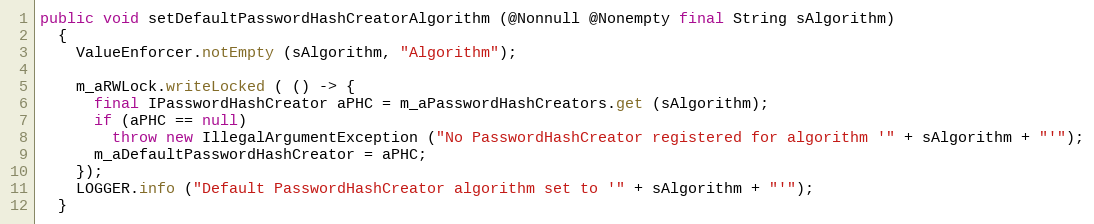
Language: Java
public void setDefaultPasswordHashCreatorAlgorithm (@Nonnull @Nonempty final String sAlgorithm)
  {
    ValueEnforcer.notEmpty (sAlgorithm, "Algorithm");

    m_aRWLock.writeLocked ( () -> {
      final IPasswordHashCreator aPHC = m_aPasswordHashCreators.get (sAlgorithm);
      if (aPHC == null)
        throw new IllegalArgumentException ("No PasswordHashCreator registered for algorithm '" + sAlgorithm + "'");
      m_aDefaultPasswordHashCreator = aPHC;
    });
    LOGGER.info ("Default PasswordHashCreator algorithm set to '" + sAlgorithm + "'");
  }